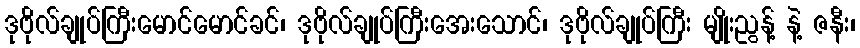
ဒုဗိုလ်ချုပ်ကြီးမောင်မောင်ခင်၊ ဒုဗိုလ်ချုပ်ကြီးအေးသောင်၊ ဒုဗိုလ်ချုပ်ကြီး မျိုးညွန့် နဲ့ ဇနီး၊